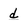
Character: d